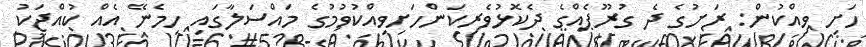
ހަށި ވިއްކުން: ރަށުގެ ދެ ގުރޫޕެއްގެ ދެކޮޅުވެރިކަންހަށިވިއްކުވުމުގެ މައްސަލާގައި ހިމެނޭ އެއް ކުއްޖަކު